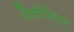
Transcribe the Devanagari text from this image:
बैसोफिल्स